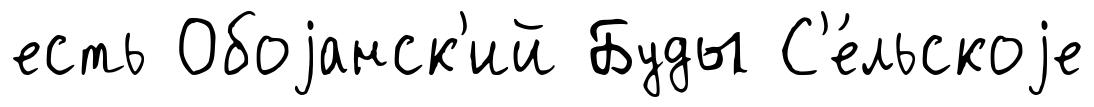
есть Обоjанск'ий Буды С'е́льскоjе